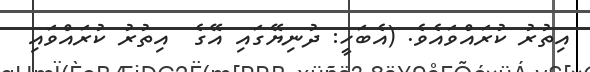
އިތުރު ކުރައްވައެވެ. (އެބަހީ: ދުނިޔޭގައި އޭގެ  އިތުރު ކުރައްވައި